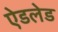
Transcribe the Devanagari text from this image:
ऐडलेड